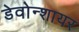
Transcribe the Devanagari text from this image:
डेवोन्शायर